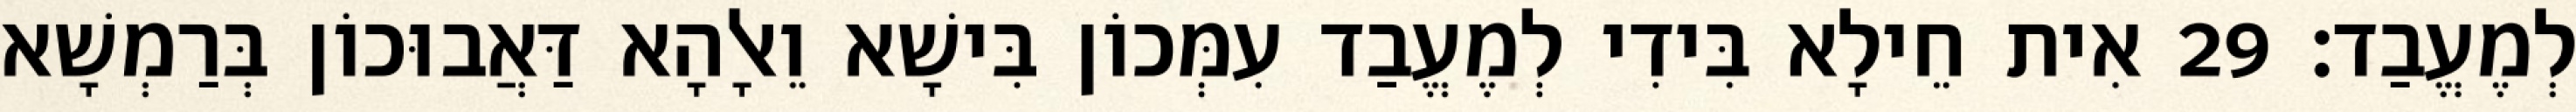
לְמֶעֱבַד׃ 29 אִית חֵילָא בִּידִי לְמֶעֱבַד עִמְּכוֹן בִּישָׁא וֵאלָהָא דַּאֲבוּכוֹן בְּרַמְשָׁא